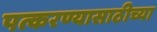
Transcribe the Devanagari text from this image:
पत्करण्यासाठीच्या